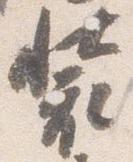
装